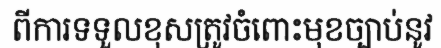
ពីការទទួលខុសត្រូវចំពោះមុខច្បាប់នូវ